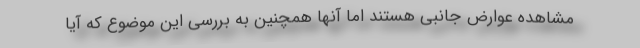
مشاهده عوارض جانبی هستند اما آنها همچنین به بررسی این موضوع که آیا